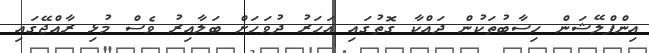
އިންފްލޭޝަން ހިސާބުތަކުން ދައްކާ ގޮތުގައި އަހަރު ދުވަހަށް ބަލާއިރު ވެސް މުޅި ރާއްޖޭގައި